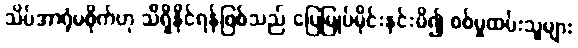
သိပ်အာရုံမစိုက်ဟု သိရှိနိုင်ရန်ဖြစ်သည် မြေမြုပ်မိုင်းနင်းမိ၍ စစ်မှုထမ်းသူများ